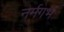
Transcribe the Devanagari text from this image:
नर्मगर्भ